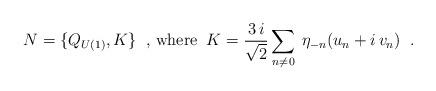
LaTeX: \begin{align*}N = \{ Q_{U(1)}, K \} \;\;\mbox{, where}\;\;K = \frac{3\, i}{\sqrt{2}}\sum_{n \neq 0}\: \eta_{-n}(u_{n} + i\, v_{n}) \;\; .\end{align*}